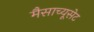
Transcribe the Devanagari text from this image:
मैसाच्यूसेट